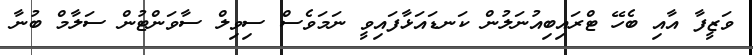
ވަޒީފާ އާއި ބެހޭ ޓްރައިބިއުނަލުން ކަނޑައަޅާފައިވީ ނަމަވެސް ސިވިލް ސާވަންޓުން ސަލާމް ބުނާ